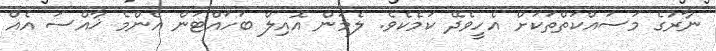
ނާރުގެ މަސައްކަތްތަކަށް އެހީވެދޭ ކަމެކެވެ. ލެމަން އޮއިލް ބަހައްޓަން އެންމެ ޚާއްސަ އެއް